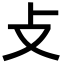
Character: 攴